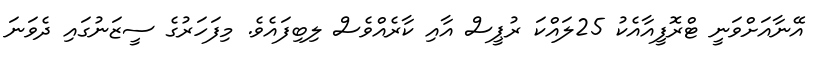
އޭނާއަށްވަނީ ޓްރޮފީއާއެކު 25ލައްކަ ރުޕީސް އާއި ކާރެއްވެސް ލިބިފައެވެ. މިފަހަރުގެ ސީޒަނުގައި ދެވަނަ